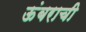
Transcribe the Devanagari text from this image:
ऊंबराची